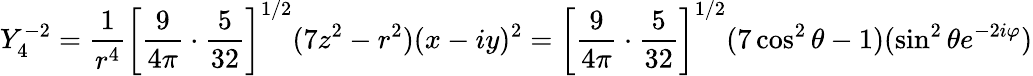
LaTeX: Y_{4}^{-2}={\frac{1}{r^{4}}}\left[{\frac{9}{4\pi}}\cdot{\frac{5}{32}}\right]^{1/2}(7z^{2}-r^{2})(x-iy)^{2}=\left[{\frac{9}{4\pi}}\cdot{\frac{5}{32}}\right]^{1/2}(7\cos^{2}\theta-1)(\sin^{2}\theta e^{-2i\varphi})